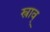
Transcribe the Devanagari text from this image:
स्त्राव्